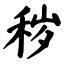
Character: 秽